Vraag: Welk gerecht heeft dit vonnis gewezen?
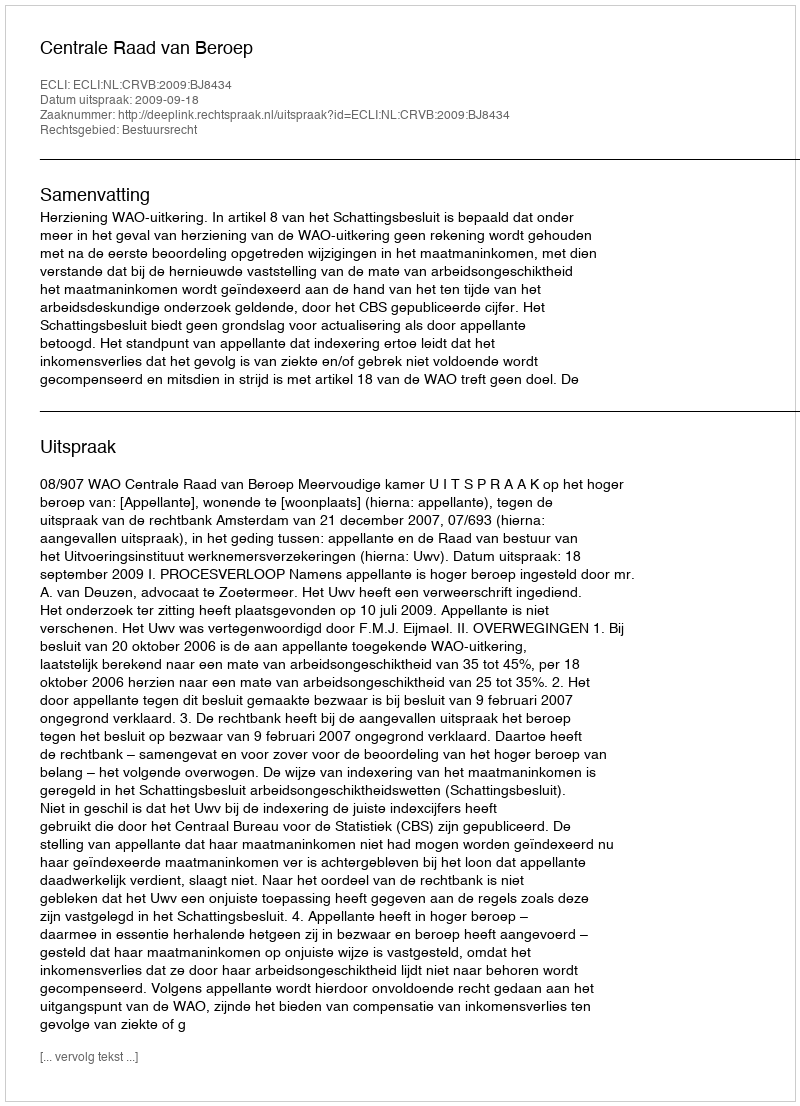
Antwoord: Centrale Raad van Beroep